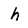
Character: h